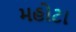
મહોટા